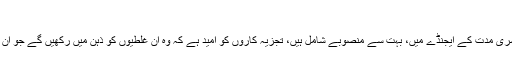
‘‘
مختصر یہ کہ اگرچہ صدر اوباما کی دوسری مدت کے ایجنڈے میں، بہت سے منصوبے شامل ہیں، تجزیہ کاروں کو امید ہے کہ وہ ان غلطیوں کو ذہن میں رکھیں گے جو ان کے پیشرو صدور سے سر زد ہوئی تھیں۔